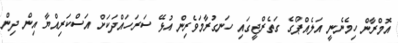
އޮމްރާން ހިމެނެނީ އަލެއްޕޯގެ ގަތެރްޖީގައި ހަނގުރާމަވެރިން އުޅޭ ސަރަހައްދަކަށް އަސްކަރިއްޔާ އިން ދިން